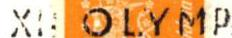
XII OLYMP